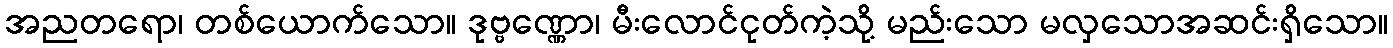
အညတရော၊ တစ်ယောက်သော။ ဒုဗ္ဗဏ္ဏော၊ မီးလောင်ငုတ်ကဲ့သို့ မည်းသော မလှသောအဆင်းရှိသော။